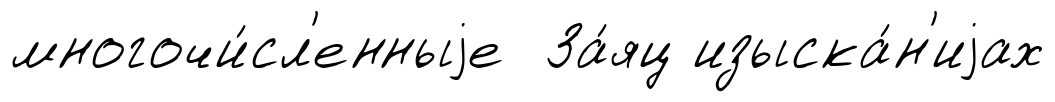
многочи́сл'енныjе За́яц изыска́н'иjах